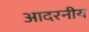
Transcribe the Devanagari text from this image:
आदरनीय